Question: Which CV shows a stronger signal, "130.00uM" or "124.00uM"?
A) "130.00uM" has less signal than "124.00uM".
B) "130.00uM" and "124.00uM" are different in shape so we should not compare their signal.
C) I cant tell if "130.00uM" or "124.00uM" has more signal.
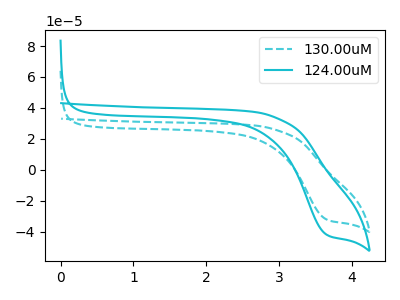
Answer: <think>The cyan dashed curve "130.00uM" has a cathodic peak at: (3.65V, -32.05uA). The cyan curve "124.00uM" has a cathodic peak at: (3.65V, -41.80uA).
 All the peaks in "130.00uM" have a peak in "124.00uM" at the same potential. Every peak in "130.00uM" is lower than every peak in "124.00uM".</think>
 <answer>A) "130.00uM" has less signal than "124.00uM".</answer>
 <eval>A</eval>